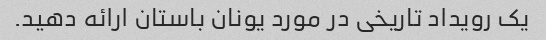
یک رویداد تاریخی در مورد یونان باستان ارائه دهید.